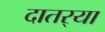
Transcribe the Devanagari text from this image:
दातर्‍या